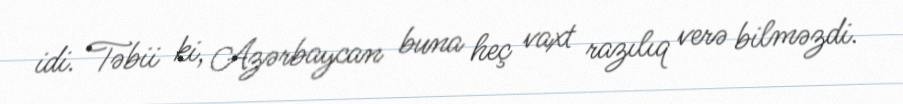
idi. Təbii ki, Azərbaycan buna heç vaxt razılıq verə bilməzdi.